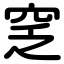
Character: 窆